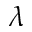
\lambda